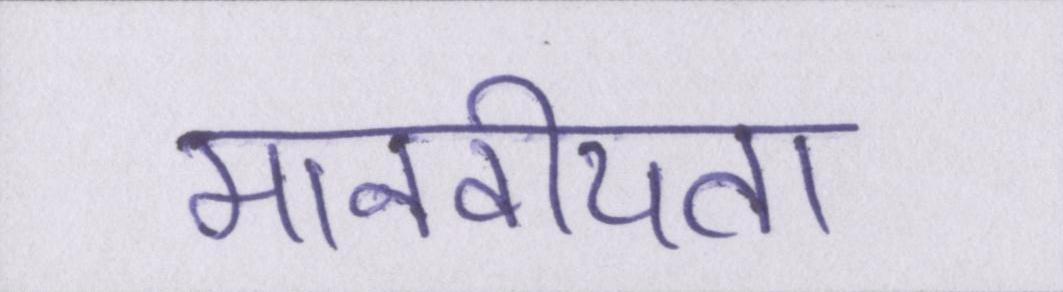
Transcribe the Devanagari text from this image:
मानवीयता